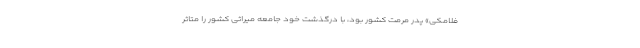
فلامکی» پدر مرمت کشور بود، با درگذشت خود جامعه میراثی کشور را متاثر